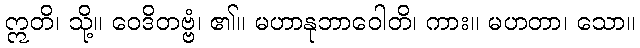
ဣတိ၊ သို့။ ဝေဒိတဗ္ဗံ၊ ၏။ မဟာနုဘာဝေါတိ၊ ကား။ မဟတာ၊ သော။